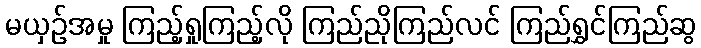
မယှဉ်အမှု ကြည့်ရှုကြည့်လို ကြည်ညိုကြည်လင် ကြည်ရွှင်ကြည်ဆွ